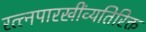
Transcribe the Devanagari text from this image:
रत्त्‍नपारखींव्यतिरिक्त